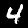
Digit: 4